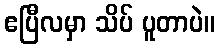
ဧပြီလမှာ သိပ် ပူတာပဲ။